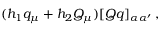
( h _ { 1 } q _ { \mu } + h _ { 2 } Q _ { \mu } ) [ Q q ] _ { \alpha \alpha ^ { \prime } } \, ,